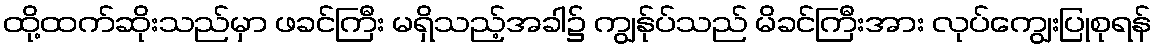
ထို့ထက်ဆိုးသည်မှာ ဖခင်ကြီး မရှိသည့်အခါ၌ ကျွန်ုပ်သည် မိခင်ကြီးအား လုပ်ကျွေးပြုစုရန်